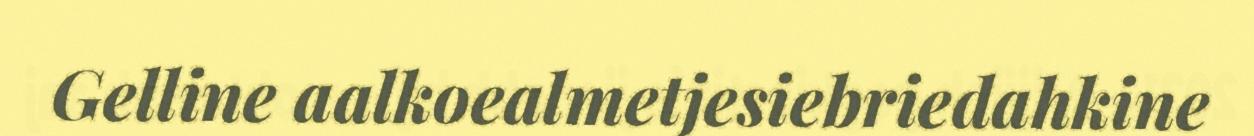
Gelline aalkoealmetjesiebriedahkine